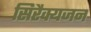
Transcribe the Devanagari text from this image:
सिरैक्यजन